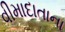
વીમાદાતાના